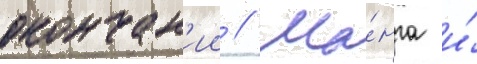
окончан'ии // Ма́нга и́